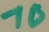
Text: 10